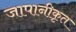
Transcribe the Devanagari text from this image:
जापानीकृत